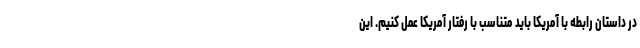
در داستان رابطه با آمریکا باید متناسب با رفتار آمریکا عمل کنیم. این